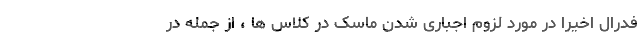
فدرال اخیراً در مورد لزوم اجباری شدن ماسک در کلاس ها ، از جمله در